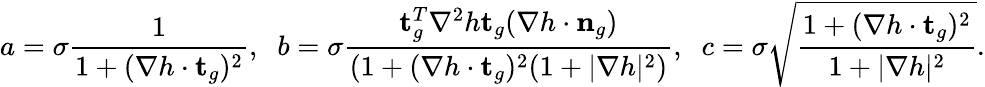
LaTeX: a=\sigma\frac{1}{1+(\nabla h\cdot\mathbf{t}_{g})^{2}},\; \; b=\sigma\frac{\mathbf{t}_{g}^{T}\nabla^{2}h\mathbf{t}_{g}(\nabla h\cdot\mathbf{n}_{g})}{(1+(\nabla h\cdot\mathbf{t}_{g})^{2}(1+|\nabla h|^{2})},\; \; c=\sigma\sqrt{\frac{1+(\nabla h\cdot\mathbf{t}_{g})^{2}}{1+|\nabla h|^{2}}}.